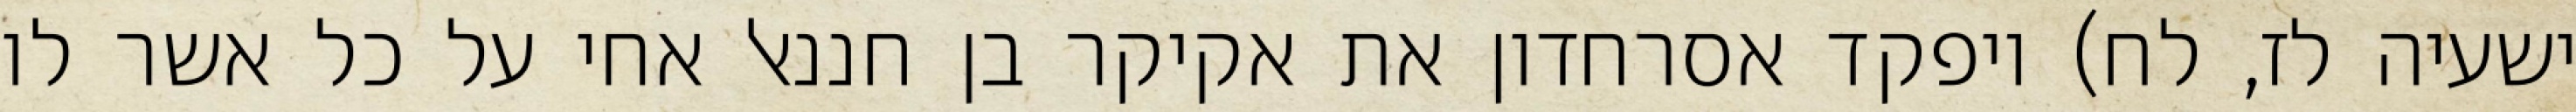
ישעיה לז, לח) ויפקד אסרחדון את אקיקר בן חננאל אחי על כל אשר לו